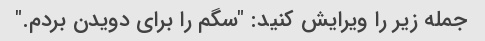
جمله زیر را ویرایش کنید: "سگم را برای دویدن بردم."